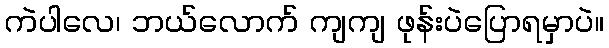
ကဲပါလေ၊ ဘယ်လောက် ကျကျ ဖုန်းပဲပြောရမှာပဲ။